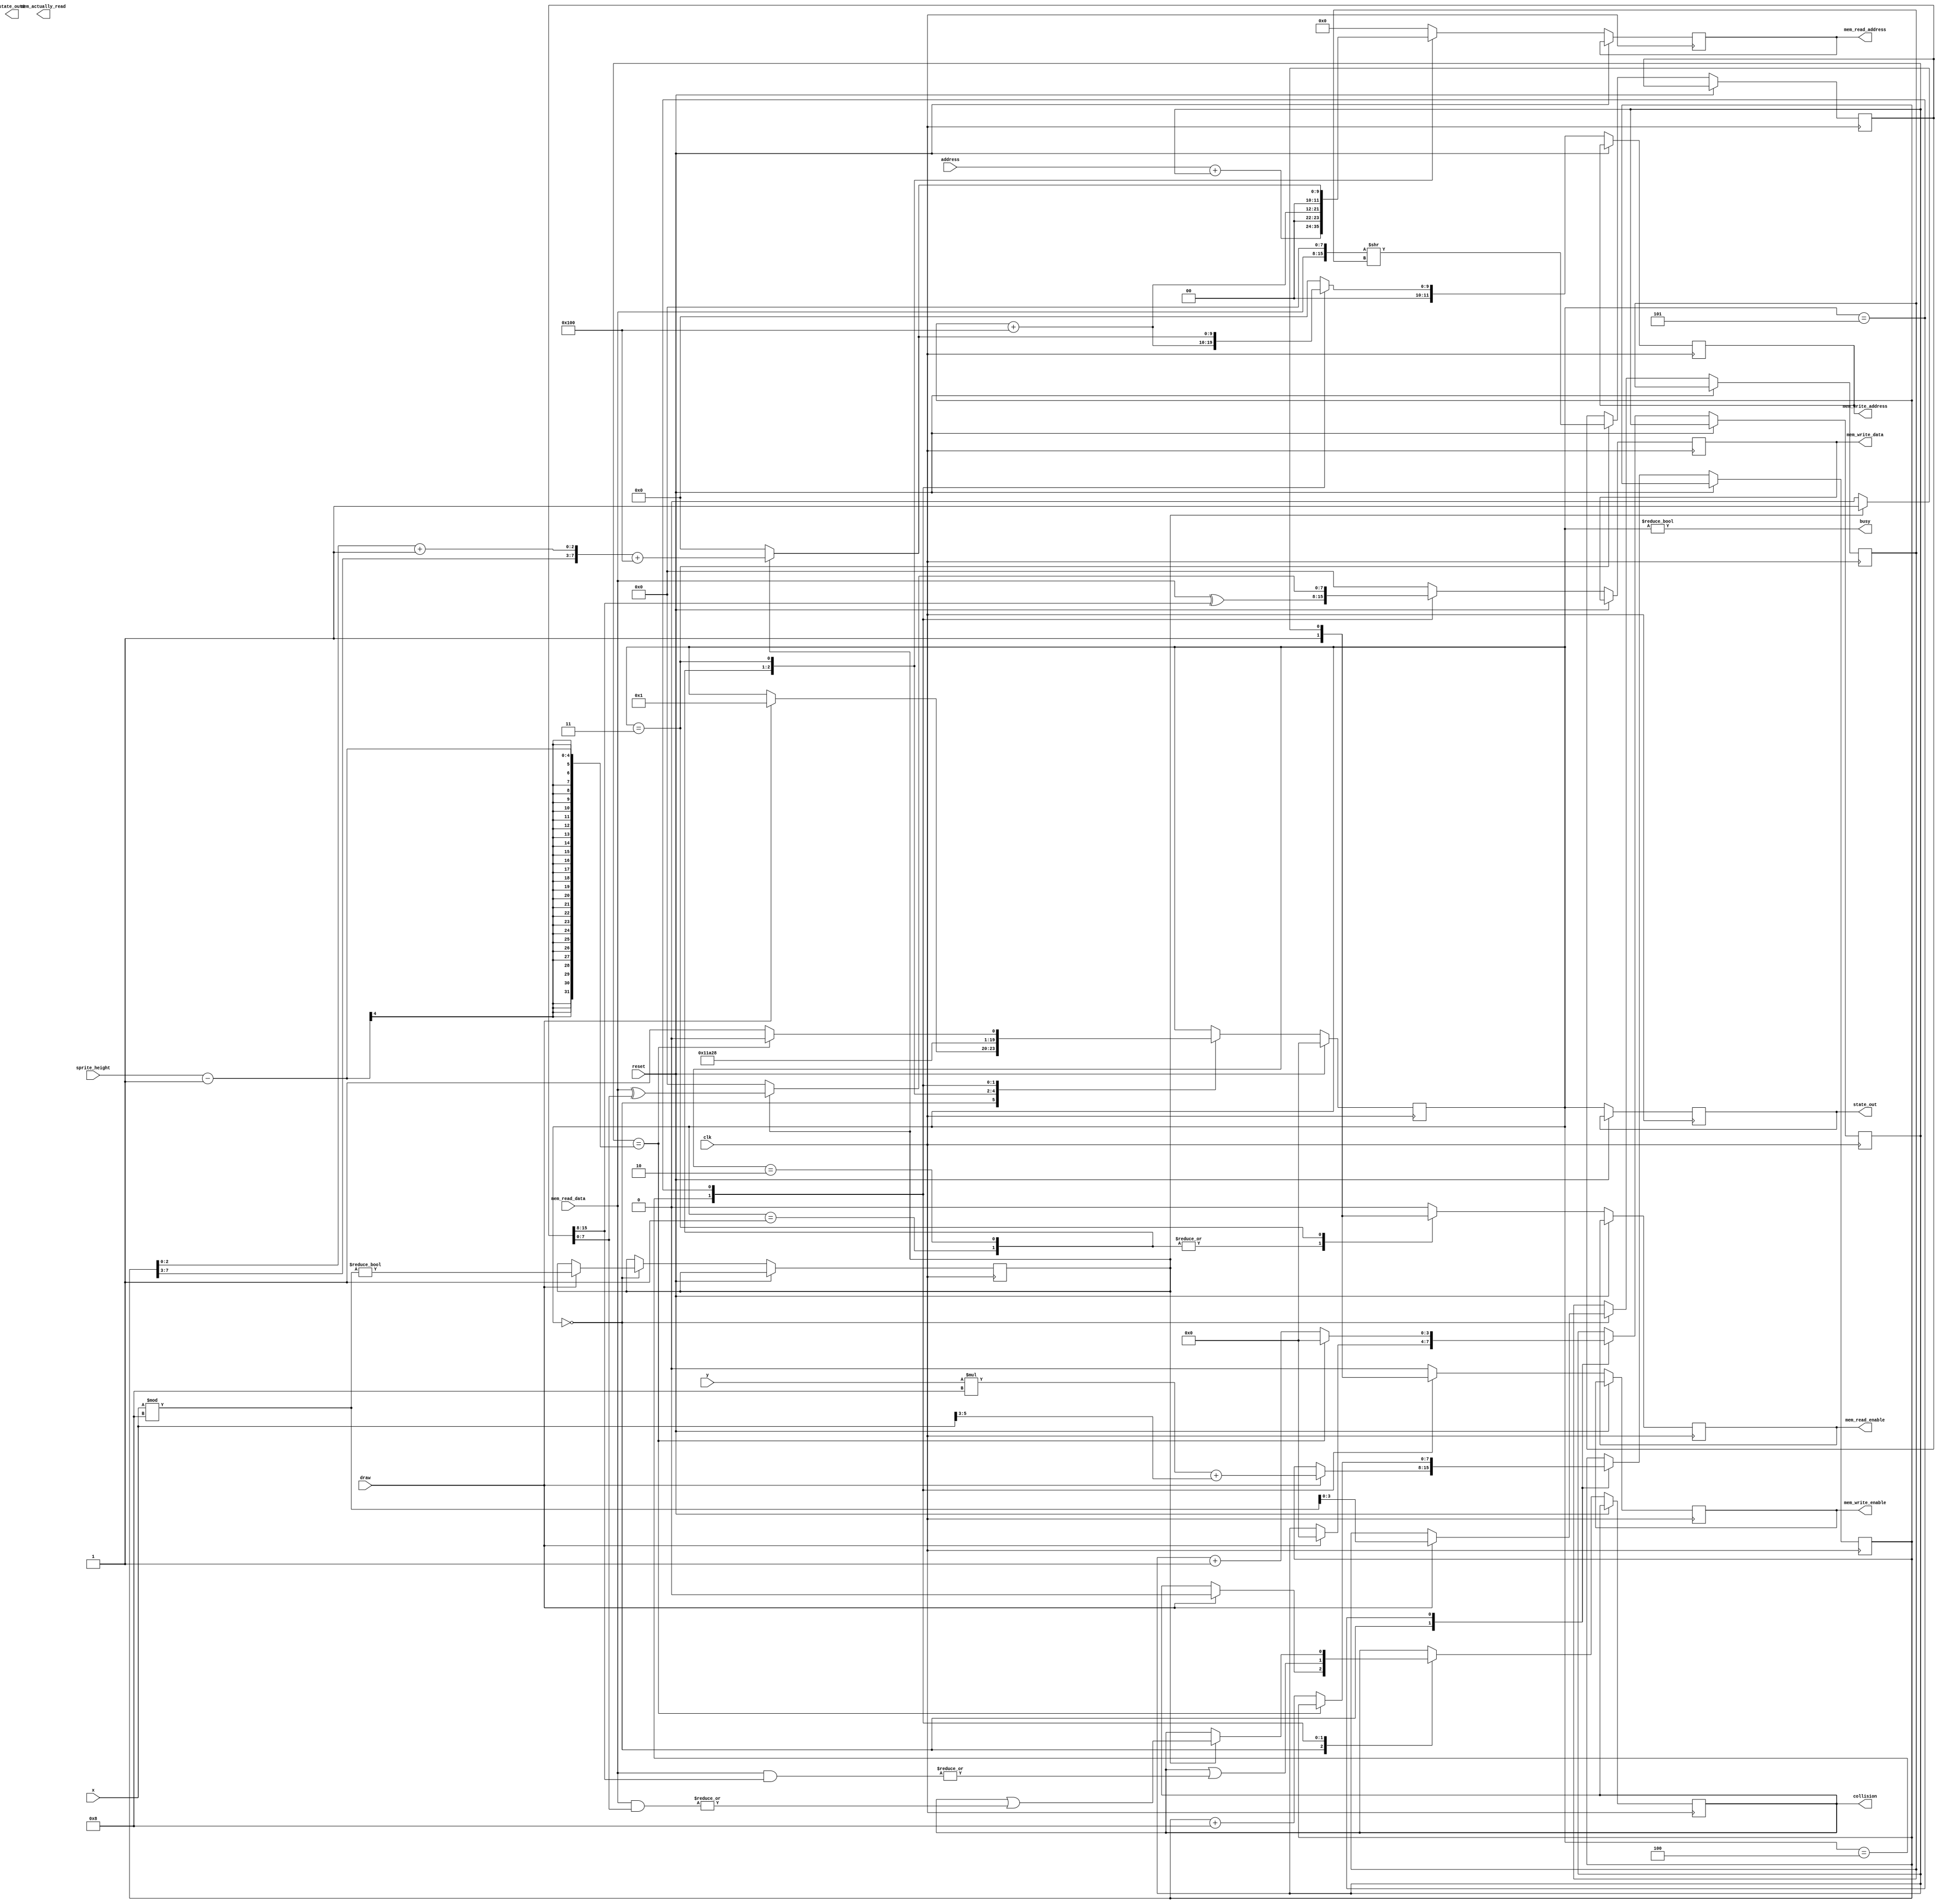
`default_nettype none

module ppu(
	input wire clk,
	input wire reset,
	input wire draw,
	input wire [11:0] address,
	input wire [3:0] sprite_height,
	input wire [5:0] x,
	input wire [4:0] y,

	output wire busy,
	output reg collision,
	
	//memory interface
	output reg [11:0] mem_read_address,
	input wire [7:0] mem_read_data,
	output reg mem_read_enable,
	output reg [11:0] mem_write_address,
	output reg [7:0] mem_write_data,
	output reg mem_write_enable,
	
	output reg [3:0] state_out,
	output wire [7:0] state_out2,
	output reg [7:0] mem_actually_read
);

// PPU registers
reg [15:0] sprite_row; //shifted to position for left and right byte
reg [3:0] current_row = 4'h0;
reg draw_right_half;
reg [3:0] shift;
reg [7:0] screen_address;

wire [11:0] address_left;
wire [11:0] address_right;

localparam [11:0] SCREEN_RAM_OFFSET = 12'h100;
localparam SCREEN_WIDTH_BYTES = 8;

assign address_left = screen_address + SCREEN_RAM_OFFSET;
//wrapping the last 3 bits
assign address_right = {screen_address[7:3], screen_address[2:0] + 1'b1} + SCREEN_RAM_OFFSET;

localparam [3:0] 
	STATE_WAIT = 4'h0,
	STATE_FETCH_SPRITE = 4'h1, 
	STATE_FETCH_LEFT = 4'h2,
	STATE_FETCH_RIGHT = 4'h3,
	STATE_WRITE_LEFT = 4'h4,
	STATE_WRITE_RIGHT = 4'h5;
	
reg [3:0] state = STATE_WAIT;

assign busy = state != STATE_WAIT;

//memory process
always @(posedge clk) begin
	if(reset) begin
		state <= STATE_WAIT;
	end else begin
		
		mem_read_enable <= 0;
		mem_write_enable <= 0;
		mem_read_address <= 0;
		mem_write_address <= 0;
		mem_write_data <= 0;
		case (state) 
			STATE_WAIT:
			begin
				if(draw) begin				
						$display($time, " ppu: draw $%x (sprite height: %d) at (%x, %x)",
							 address, sprite_height, x, y);
						shift <= x % 8;
						draw_right_half <= (x % 8) != 0;
						collision <= 0;
						current_row <= 0;
						screen_address <= y * SCREEN_WIDTH_BYTES + (x >> 3);
						state <= STATE_FETCH_SPRITE;
				end
			end
			STATE_FETCH_SPRITE:
			begin
				//sprite address is originally I + row index
				mem_read_address <= address + current_row;
				mem_read_enable <= 1;
				$display($time, " ppu mem: reading sprite from $%x", mem_read_address);
				state <= STATE_FETCH_LEFT;
			end
			STATE_FETCH_LEFT:
			begin
				mem_read_address <= address_left;
				mem_read_enable <= 1;
				$display($time, " ppu mem: reading left from $%x", mem_read_address);
				state <= STATE_FETCH_RIGHT;
			end
			STATE_FETCH_RIGHT:
			begin
				if(draw_right_half) begin
					mem_read_address <= address_right;
					mem_read_enable <= 1;
					$display($time, " ppu mem: reading right from $%x", mem_read_address);
				end
				//save the sprite row
				$display($time, " ppu: save sprite row %d at $%x, data: %x", 
					current_row, address + current_row, mem_read_data);
				sprite_row <= {mem_read_data, 8'h0} >> shift;
				state <= STATE_WRITE_LEFT;
				//write left
				
			end
			STATE_WRITE_LEFT:
			begin
				$display($time, " ppu: load left byte from $%x, data: %x", mem_read_address, mem_read_data);
				mem_write_data <= mem_read_data ^ sprite_row[15:8];
				mem_write_address <= address_left;
				mem_write_enable <= 1;
				collision <= collision | |(mem_read_data & sprite_row[15:8]);
				$display($time, " ppu mem: write left $%x = %x", address_left, mem_write_data);		
				state <= STATE_WRITE_RIGHT;
			end
			STATE_WRITE_RIGHT:
			begin
				if(draw_right_half) begin
					//write right
					mem_write_data <= mem_read_data ^ sprite_row[7:0];
					mem_write_address <= address_right;
					mem_write_enable <= 1;
					$display($time, " ppu: load right byte from $%x, data: %x", mem_read_address, mem_read_data);
					collision <= collision | |(mem_read_data & sprite_row[7:0]);
					$display($time, " ppu mem: write right $%x = %x", address_right, mem_write_data); 
				end
				if(current_row == sprite_height - 1) begin
					$display($time, " ppu: last row written, finishing");
					state <= STATE_WAIT;
					current_row <= 4'h0;
				end else begin
					state <= STATE_FETCH_SPRITE;
					//move the pointer to another row
					screen_address <= screen_address + SCREEN_WIDTH_BYTES;
					current_row <= current_row + 1;
				end
				//
			end
		endcase
		state_out <= state;
	end
end

endmodule